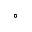
^ \circ